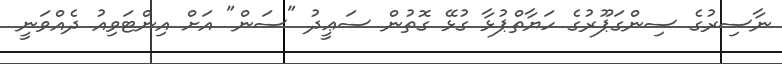
ނާސިރުގެ ސިންގަޕޫރުގެ ހަޔާތްޕުޅާ ގުޅޭ ގޮތުން ސަޢީދު "ސަން" އަށް އިންޓަވިއު ދެއްވަނީ